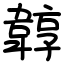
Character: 韕